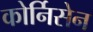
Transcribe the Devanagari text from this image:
कोर्निसेन